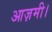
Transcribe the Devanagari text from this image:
आज़मी।